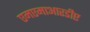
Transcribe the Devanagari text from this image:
एमएमाआरडीए